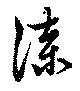
漆